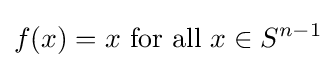
f(x)=x{\text{ for all }}x\in S^{n-1}